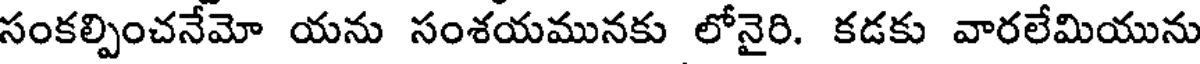
సంకల్పించనేమో యను సంశయమునకు లోనైరి. కడకు వారలేమియును